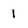
Character: 1